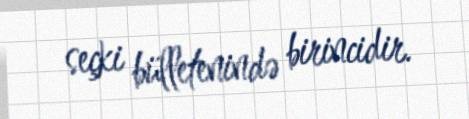
seçki bülletenində birincidir.